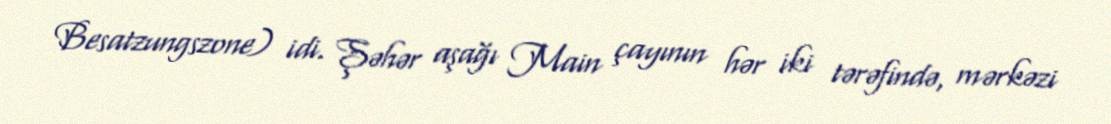
Besatzungszone) idi. Şəhər aşağı Main çayının hər iki tərəfində, mərkəzi